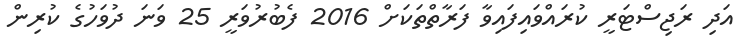
އަދި ރަޖިސްޓަރީ ކުރައްވައިފައިވާ ފަރާތްތަކަށްް 2016 ފެބުރުވަރީ 25 ވަނަ ދުވަހުގެ ކުރިން